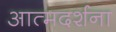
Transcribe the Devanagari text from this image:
आत्मदर्शना